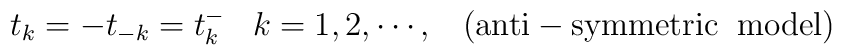
t_{k}=-t_{-k}=t^{-}_{k}\;\;\;k=1,2,\cdots,\;\;\;({\rm anti-symmetric \;\;model})